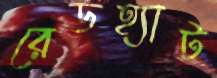
রেডহ্যাট